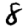
Digit: 8